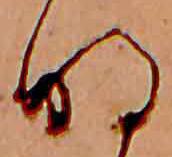
明